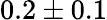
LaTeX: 0.2\pm 0.1